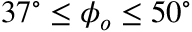
3 7 ^ { \circ } \leq \phi _ { o } \leq 5 0 ^ { \circ }